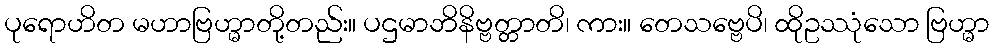
ပုရောဟိတ မဟာဗြဟ္မာတို့တည်း။ ပဌမာဘိနိဗ္ဗတ္တာတိ၊ ကား။ တေသဗ္ဗေပိ၊ ထိုဥဿုံသော ဗြဟ္မာ